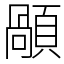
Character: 䫚